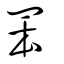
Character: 𦊚